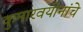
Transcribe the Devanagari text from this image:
कुमारवयीनांचे